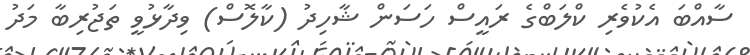
ސާއްބަ އެކުވެރި ކްލަބްގެ ރައީސް ހަސަން ޝާހިދު (ކާލޮސް) ވިދާޅުވީ ތަޖުރިބާ މަދު